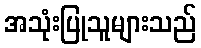
အသုံးပြုသူများသည်